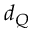
d _ { Q }